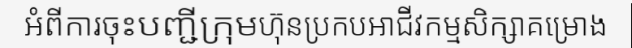
អំពីការចុះបញ្ជីក្រុមហ៊ុនប្រកបអាជីវកម្មសិក្សាគម្រោង